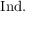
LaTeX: { \mathrm { I n d } } .